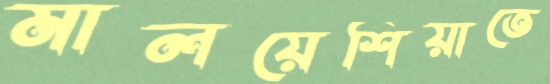
মালয়েশিয়াতে